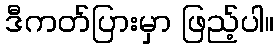
ဒီကတ်ပြားမှာ ဖြည့်ပါ။